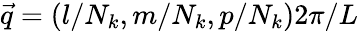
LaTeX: \vec{q}=\left(l/N_{k},m/N_{k},p/N_{k}\right)2\pi/L